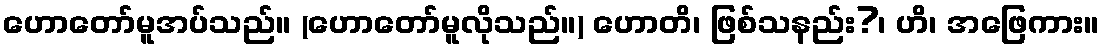
ဟောတော်မူအပ်သည်။ (ဟောတော်မူလိုသည်။) ဟောတိ၊ ဖြစ်သနည်း?၊ ဟိ၊ အဖြေကား။